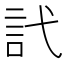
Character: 𬢜